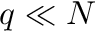
q \ll N